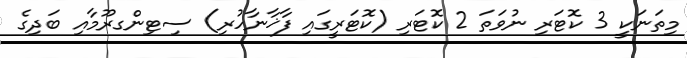
މިތަނަކީ 3 ކޮޓަރި ނުވަތަ 2 ކޮޓަރި (ކޮޓަރީގައި ފާޚާނާހުރި) ސިޓިންގރޫމާއި ބަދިގެ